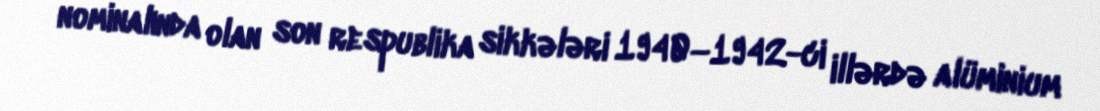
nominalında olan son respublika sikkələri 1940—1942-ci illərdə alüminium